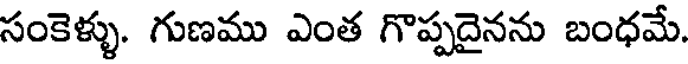
సంకెళ్ళు. గుణము ఎంత గొప్పదైనను బంధమే.